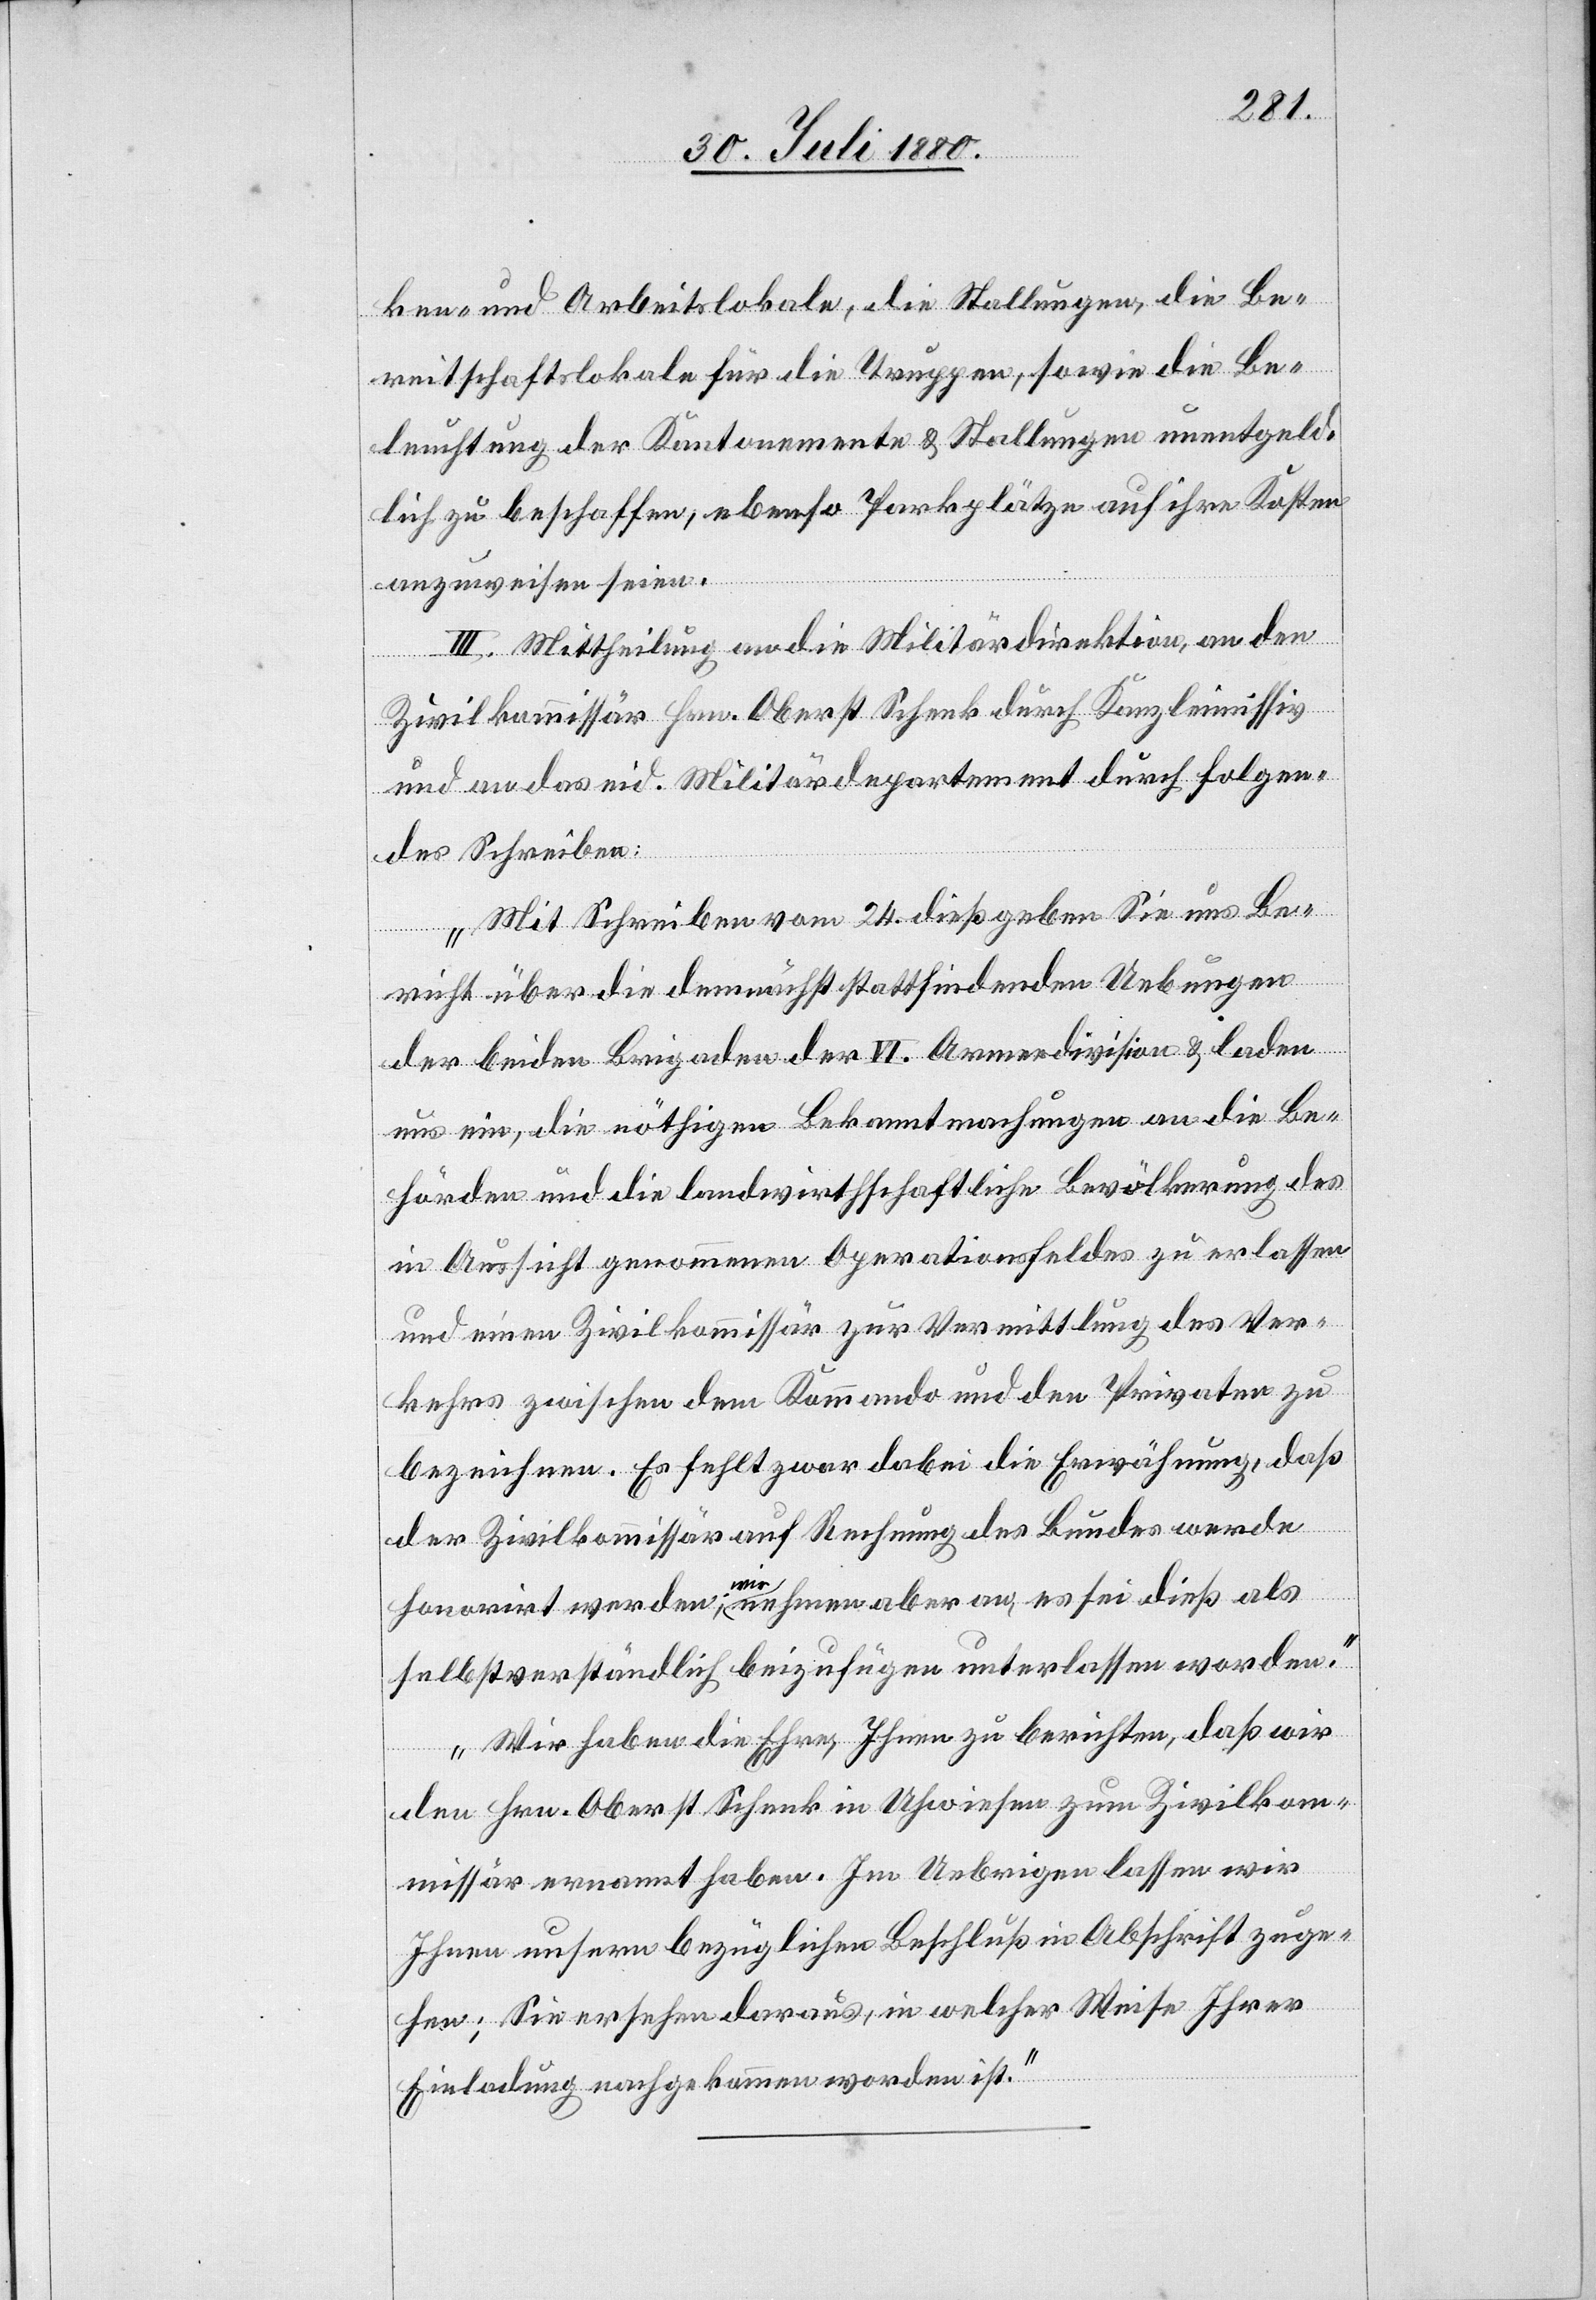
ken- und Arbeitslokale, die Stallungen, die Be¬
reitschaftslokale für die Truppen, sowie die Be¬
leuchtung der Kantonnemente & Stallungen unentgeld¬
lich zu beschaffen, ebenso Parkplätze auf ihre Kosten
anzuweisen seien.
III. Mittheilung an die Militärdirektion, an den
Zivilkommissär Hrn. Oberst Schenk durch Kanzleimissiv
und an das eid. Militärdepartement durch folgen¬
des Schreiben:
„Mit Schreiben vom 24. dieß geben Sie uns Be¬
richt über die demnächst stattfindenden Uebungen
der beiden Brigaden der VI. Armeedivision & laden
uns ein, die nöthigen Bekanntmachungen an die Be¬
hörden und die landwirthschafltiche Bevölkerung des
in Aussicht genommenen Operationsfeldes zu erlassen
und einen Zivilkommissär zur Vermittlung des Ver¬
kehrs zwischen dem Kommando und den Privaten zu
bezeichnen. Es fehlt zwar dabei die Erwähnung, daß
der Zivilkommissär auf Rechnung des Bundes werde
honorirt werden; wir nehmen aber an, es sei dieß als
selbstverständlich beizufügen unterlassen worden.
Wir haben die Ehre, Ihnen zu berichten, daß wir
den Hrn. Oberst Schenk in Uhwiesen zum Zivilkom¬
missär ernannt haben Im Uebrigen lassen wir
Ihnen unseren bezüglichen Beschluß in Absicht zuge¬
hen; Sie ersehen daraus, in welcher Wiese Ihrer
Einladung nachgekommen worden ist.“